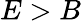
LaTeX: E>B